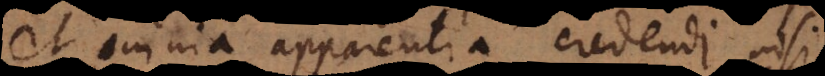
et omnia apparentia credendi nisi